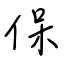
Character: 保